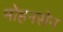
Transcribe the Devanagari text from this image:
मोहनसेन